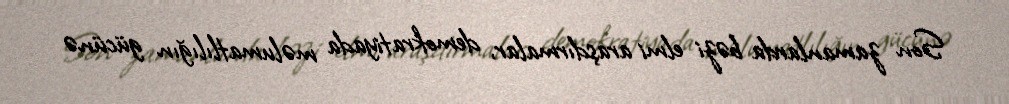
Son zamanlarda bəzi elmi araşdırmalar, demokratiyada məlumatlılığın gücünə